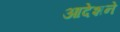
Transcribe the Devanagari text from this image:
आदेशने